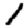
Digit: 1